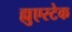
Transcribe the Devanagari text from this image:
ह्युएस्टेक